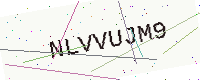
Text: NLVVUJM9